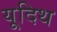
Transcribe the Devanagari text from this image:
यूदिथ